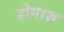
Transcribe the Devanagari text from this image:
होगाश